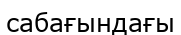
сабағындағы